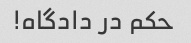
حکم در دادگاه!